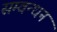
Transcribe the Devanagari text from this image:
सम्वन्धन